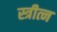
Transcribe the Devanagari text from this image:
स्त्रीत्न